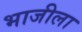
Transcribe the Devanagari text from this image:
भाजीला